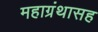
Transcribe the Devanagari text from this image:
महाग्रंथासह